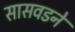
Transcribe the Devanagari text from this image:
सासवडने